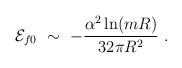
\begin{align*}{\cal E} _{f0} \ \sim\ -\frac{\alpha^2\ln (mR)}{32\pi R^2}\ .\end{align*}